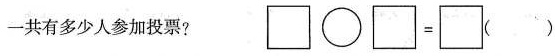
一共有多少人参加投票? $$\Box